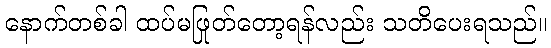
နောက်တစ်ခါ ထပ်မဖြုတ်တော့ရန်လည်း သတိပေးရသည်။